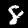
Digit: 8